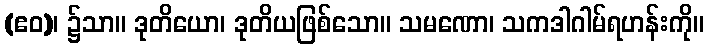
(ဧဝ)၊ ၌သာ။ ဒုတိယော၊ ဒုတိယဖြစ်သော။ သမဏော၊ သကဒါဂါမ်ရဟန်းကို။